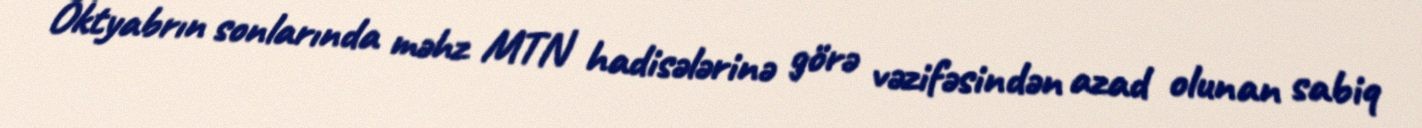
Oktyabrın sonlarında məhz MTN hadisələrinə görə vəzifəsindən azad olunan sabiq